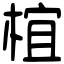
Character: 椬